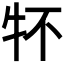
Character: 𤘢